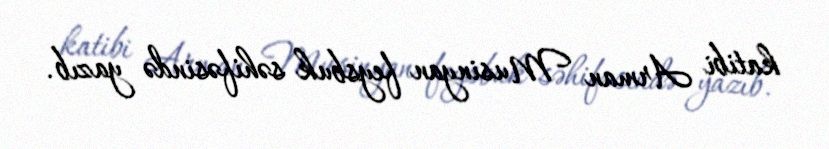
katibi Arman Musinyan feysbuk səhifəsində yazıb.